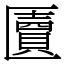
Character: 匵